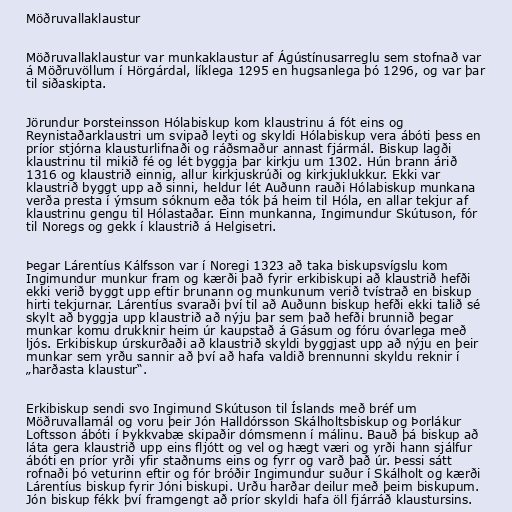
Möðruvallaklaustur

Möðruvallaklaustur var munkaklaustur af Ágústínusarreglu sem stofnað var
á Möðruvöllum í Hörgárdal, líklega 1295 en hugsanlega þó 1296, og var þar
til siðaskipta.

Jörundur Þorsteinsson Hólabiskup kom klaustrinu á fót eins og
Reynistaðarklaustri um svipað leyti og skyldi Hólabiskup vera ábóti þess en
príor stjórna klausturlifnaði og ráðsmaður annast fjármál. Biskup lagði
klaustrinu til mikið fé og lét byggja þar kirkju um 1302. Hún brann árið
1316 og klaustrið einnig, allur kirkjuskrúði og kirkjuklukkur. Ekki var
klaustrið byggt upp að sinni, heldur lét Auðunn rauði Hólabiskup munkana
verða presta í ýmsum sóknum eða tók þá heim til Hóla, en allar tekjur af
klaustrinu gengu til Hólastaðar. Einn munkanna, Ingimundur Skútuson, fór
til Noregs og gekk í klaustrið á Helgisetri.

Þegar Lárentíus Kálfsson var í Noregi 1323 að taka biskupsvígslu kom
Ingimundur munkur fram og kærði það fyrir erkibiskupi að klaustrið hefði
ekki verið byggt upp eftir brunann og munkunum verið tvístrað en biskup
hirti tekjurnar. Lárentíus svaraði því til að Auðunn biskup hefði ekki talið sé
skylt að byggja upp klaustrið að nýju þar sem það hefði brunnið þegar
munkar komu drukknir heim úr kaupstað á Gásum og fóru óvarlega með
ljós. Erkibiskup úrskurðaði að klaustrið skyldi byggjast upp að nýju en þeir
munkar sem yrðu sannir að því að hafa valdið brennunni skyldu reknir í
„harðasta klaustur“.

Erkibiskup sendi svo Ingimund Skútuson til Íslands með bréf um
Möðruvallamál og voru þeir Jón Halldórsson Skálholtsbiskup og Þorlákur
Loftsson ábóti í Þykkvabæ skipaðir dómsmenn í málinu. Bauð þá biskup að
láta gera klaustrið upp eins fljótt og vel og hægt væri og yrði hann sjálfur
ábóti en príor yrði yfir staðnums eins og fyrr og varð það úr. Þessi sátt
rofnaði þó veturinn eftir og fór bróðir Ingimundur suður í Skálholt og kærði
Lárentíus biskup fyrir Jóni biskupi. Urðu harðar deilur með þeim biskupum.
Jón biskup fékk því framgengt að príor skyldi hafa öll fjárráð klaustursins.